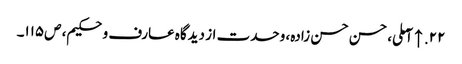
۲۲. ↑ آملی، حسن حسن زادہ، وحدت از دیدگاه عارف و حکیم، ص‌۱۱۵۔